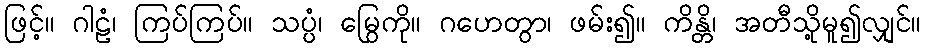
ဖြင့်။ ဂါဠံ၊ ကြပ်ကြပ်။ သပ္ပံ၊ မြွေကို။ ဂဟေတွာ၊ ဖမ်း၍။ ကိန္တိ၊ အတီသို့မူ၍လျှင်။